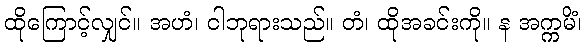
ထိုကြောင့်လျှင်။ အဟံ၊ ငါဘုရားသည်။ တံ၊ ထိုအခင်းကို။ န အက္ကမိံ၊